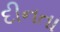
દીનતા